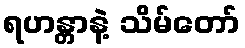
ရဟန္တာနဲ့ သိမ်တော်